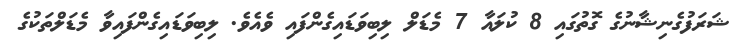
ޝަރަފުގެނިޝާނުގެ ގޮތުގައި 8 ކުލައާ 7 މެޑަލް ލިބިވަޑައިގެންފައި ވެއެވެ. ލިބިވަޑައިގެންފައިވާ މެޑަލްތަކުގެ